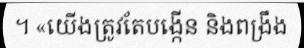
។ «យើងត្រូវតែបង្កើន និងពង្រឹង